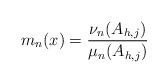
LaTeX: \begin{align*}m_{n}(x)= \frac{ \nu_n(A_{h,j}) }{ \mu_n(A_{h,j})}\end{align*}